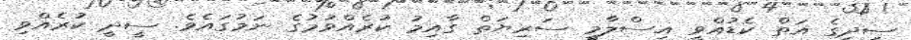
ސީދީގެ އަތް ކެޑުއްވީ އިސްލާމީ ސަރިޔަތް ގާއިމު ކުރެއްވުމުގެ ނަމުގަައެވެ. ސީދީ ކުރެއްވި